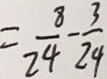
= \frac { 8 } { 2 4 } - \frac { 3 } { 2 4 }